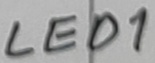
Text: LED1